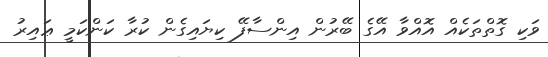
ވަކި ގޮތްތަކެއް އޮއްވާ އޭގެ ބޭރުން އިންސާފޭ ކިޔައިގެން ކުރާ ކަންކަމީ ޢައިރު